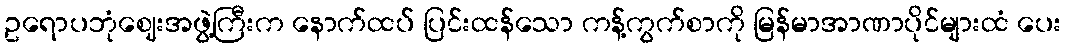
ဥရောပဘုံဈေးအဖွဲ့ကြီးက နောက်ထပ် ပြင်းထန်သော ကန့်ကွက်စာကို မြန်မာအာဏာပိုင်များထံ ပေး